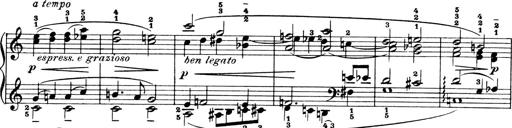
Title: 4 Sonatines
Composer: Max Reger